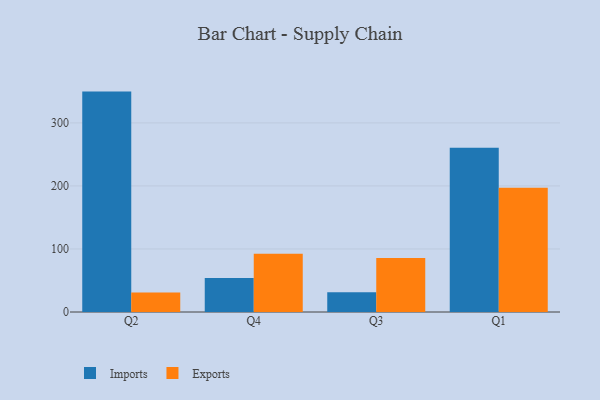
{"axis": {"x": "Quarter", "y": "Population (Million)"}, "legend": ["Exports", "Imports"], "data": [{"x": "Q2", "y": 349.6, "type": "Imports"}, {"x": "Q2", "y": 31.0, "type": "Exports"}, {"x": "Q4", "y": 53.8, "type": "Imports"}, {"x": "Q4", "y": 92.2, "type": "Exports"}, {"x": "Q3", "y": 31.2, "type": "Imports"}, {"x": "Q3", "y": 85.7, "type": "Exports"}, {"x": "Q1", "y": 260.7, "type": "Imports"}, {"x": "Q1", "y": 197.1, "type": "Exports"}]}